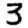
Digit: 3